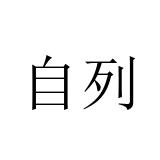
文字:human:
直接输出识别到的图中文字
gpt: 自列